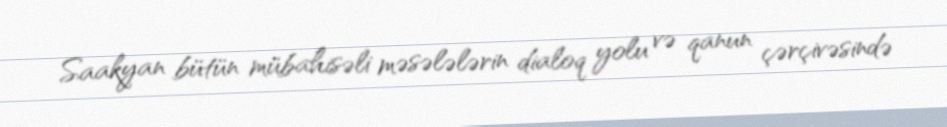
Saakyan bütün mübahisəli məsələlərin dialoq yolu və qanun çərçivəsində